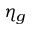
\eta _ { g }